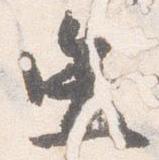
造